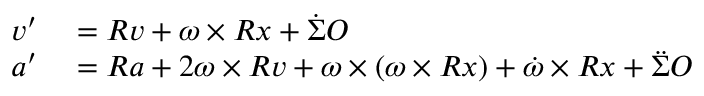
\begin{array} { r l } { v ^ { \prime } } & { { } = R v + \omega \times R x + \Dot { \Sigma } O } \\ { a ^ { \prime } } & { { } = R a + 2 \omega \times R v + \omega \times ( \omega \times R x ) + \Dot { \omega } \times R x + \Ddot { \Sigma } O } \end{array}